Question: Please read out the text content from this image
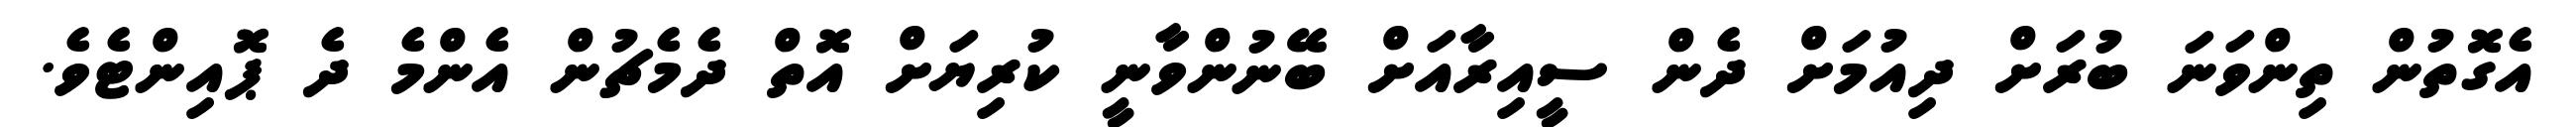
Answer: އެގޮތުން ތިންވަނަ ބުރަށް ދިއުމަށް ދެން ސީއިރާއަށް ބޭނުންވާނީ ކުރިޔަށް އޮތް ދެމެޗުން އެންމެ ދެ ޕޮއިންޓެވެ.